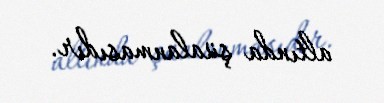
altında şüalanmasıdır.